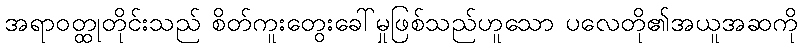
အရာဝတ္ထုတိုင်းသည် စိတ်ကူးတွေးခေါ်မှုဖြစ်သည်ဟူသော ပလေတို၏အယူအဆကို